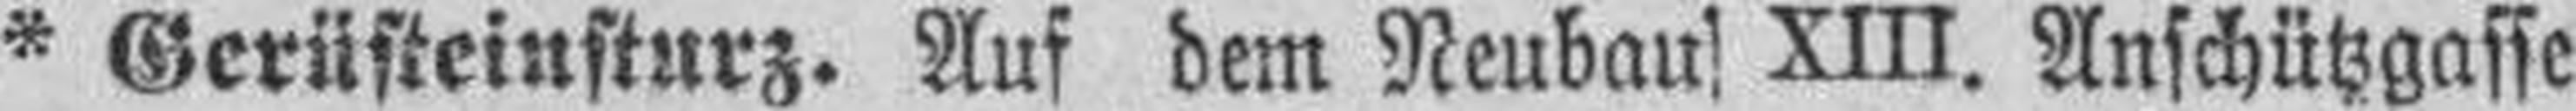
* Gerüsteinsturz. Auf dem Neubau XIII. Anschützgasse